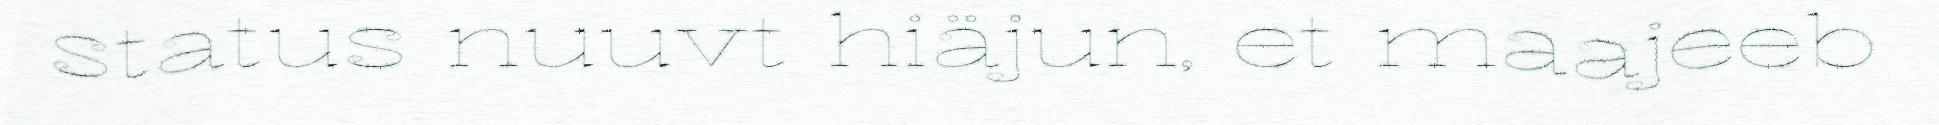
status nuuvt hiäjun, et maajeeb